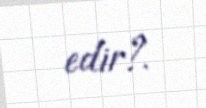
edir?.